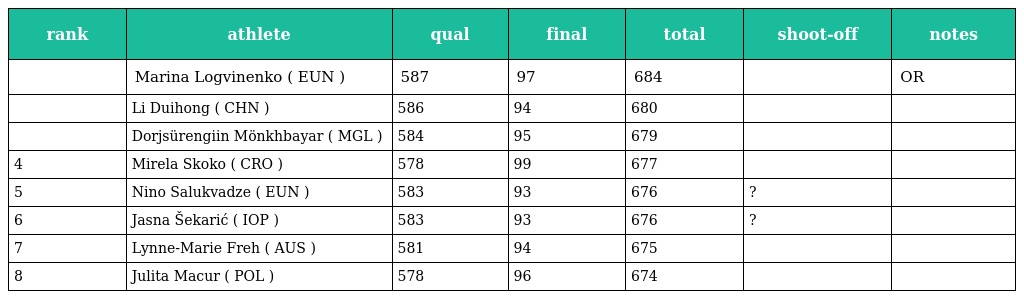
| rank | athlete | qual | final | total | shoot-off | notes |
 | --- | --- | --- | --- | --- | --- | --- |
 |  | Marina Logvinenko ( EUN ) | 587 | 97 | 684 |  | OR |
 |  | Li Duihong ( CHN ) | 586 | 94 | 680 |  |  |
 |  | Dorjsürengiin Mönkhbayar ( MGL ) | 584 | 95 | 679 |  |  |
 | 4 | Mirela Skoko ( CRO ) | 578 | 99 | 677 |  |  |
 | 5 | Nino Salukvadze ( EUN ) | 583 | 93 | 676 | ? |  |
 | 6 | Jasna Šekarić ( IOP ) | 583 | 93 | 676 | ? |  |
 | 7 | Lynne-Marie Freh ( AUS ) | 581 | 94 | 675 |  |  |
 | 8 | Julita Macur ( POL ) | 578 | 96 | 674 |  |  |